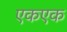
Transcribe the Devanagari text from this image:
एकएक